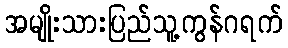
အမျိုးသားပြည်သူ့ကွန်ဂရက်